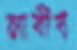
লাবীব